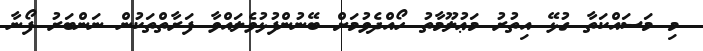
މި މަސައްކަތާ ގުޅޭ އިތުރު މަޢުލޫމާތު ހޯއްދެވުމަށް ބޭނުންފުޅުވެލައްވާ ފަރާތްތަކުން ނަންބަރު ފޯނާ